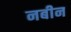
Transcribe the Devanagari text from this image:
नबीन